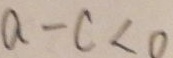
a - c < 0